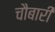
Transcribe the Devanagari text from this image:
चौबारी